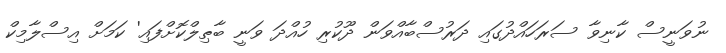
ނުވަނީސް ކާނިވާ ސަރަހައްދުގައި ދަރުސްބާއްވަން ދޫކުރި ހުއްދަ ވަނީ ބާޠިލްކޮށްފައި' ކަމަށް އިސްލާމިކް